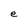
Character: e